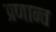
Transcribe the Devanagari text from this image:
प्रणान्त